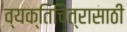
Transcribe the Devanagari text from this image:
व्यक्तिचित्रासाठी